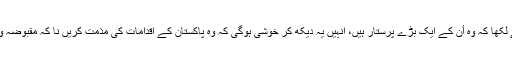
انہوں نے دیا مرزا کو مخاطب کرتے ہوئے لکھا کہ وہ اٴْن کے ایک بڑے پرستار ہیں، انہیں یہ دیکھ کر خوشی ہوگی کہ وہ پاکستان کے اقدامات کی مذمت کریں نا کہ مقبوضہ وادی کے مظلوم عوام سے ہمدردی دکھائیں۔